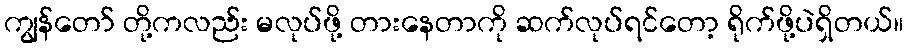
ကျွန်တော် တို့ကလည်း မလုပ်ဖို့ တားနေတာကို ဆက်လုပ်ရင်တော့ ရိုက်ဖို့ပဲရှိတယ်။